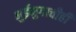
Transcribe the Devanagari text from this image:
भुईमुगाचीही